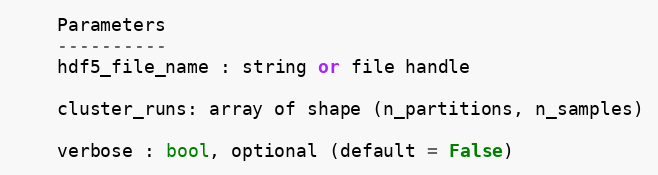
Language: Python
    Parameters
    ----------
    hdf5_file_name : string or file handle

    cluster_runs: array of shape (n_partitions, n_samples)

    verbose : bool, optional (default = False)